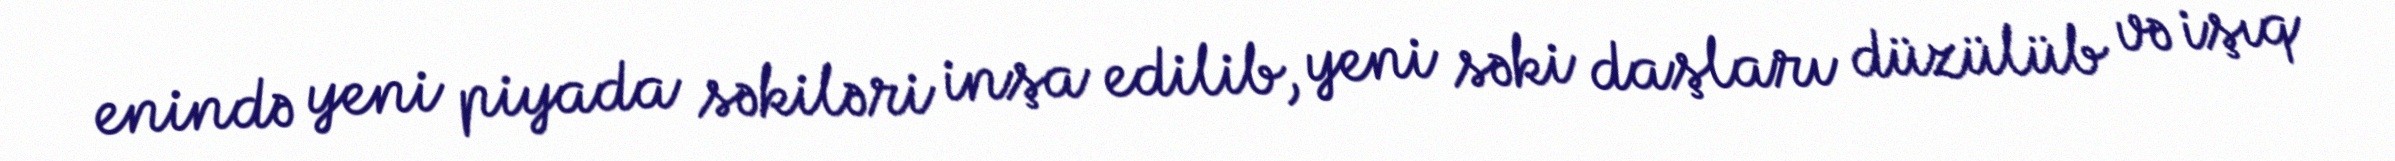
enində yeni piyada səkiləri inşa edilib, yeni səki daşları düzülüb və işıq